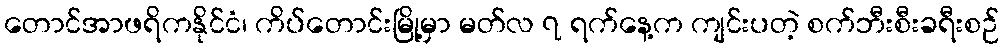
တောင်အာဖရိကနိုင်ငံ၊ ကိပ်တောင်းမြို့မှာ မတ်လ ၇ ရက်နေ့က ကျင်းပတဲ့ စက်ဘီးစီးခရီးစဉ်